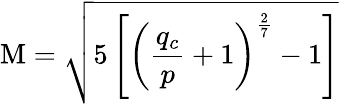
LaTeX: \mathrm{M}={\sqrt{5\left[\left({\frac{q_{c}}{p}}+1\right)^{\frac{2}{7}}-1\right]}}